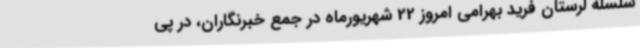
سلسله لرستان فرید بهرامی امروز 22 شهریورماه در جمع خبرنگاران، در پی